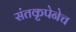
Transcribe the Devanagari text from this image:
संतकृपेनेच